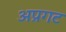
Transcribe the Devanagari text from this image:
अप्रगट